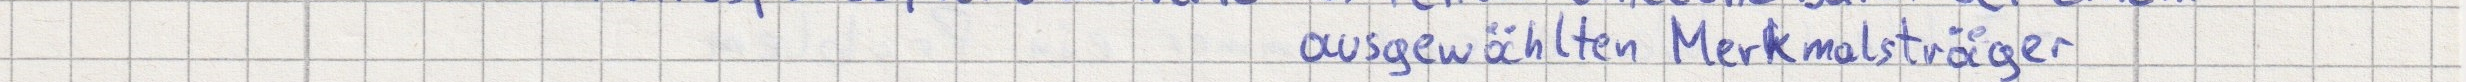
ausgewählten Merkmalsträger